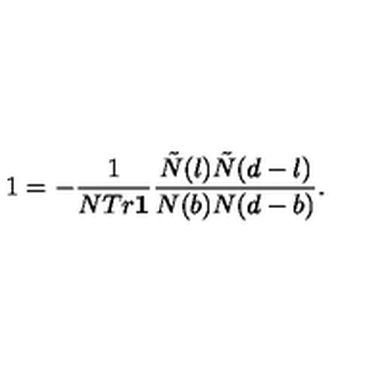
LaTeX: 1 = - \frac { 1 } { N T r { \bf 1 } } \frac { \tilde { N } ( l ) \tilde { N } ( d - l ) } { N ( b ) N ( d - b ) } .